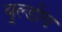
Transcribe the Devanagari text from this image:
बुल्डोग